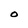
Character: O